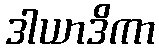
ဒါယာဒိကာ